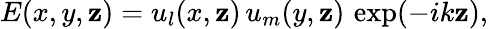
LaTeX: E(x,y,\mathbf{z})=u_{l}(x,\mathbf{z})\, u_{m}(y,\mathbf{z})\, \exp(-ik\mathbf{z}),